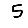
Digit: 5